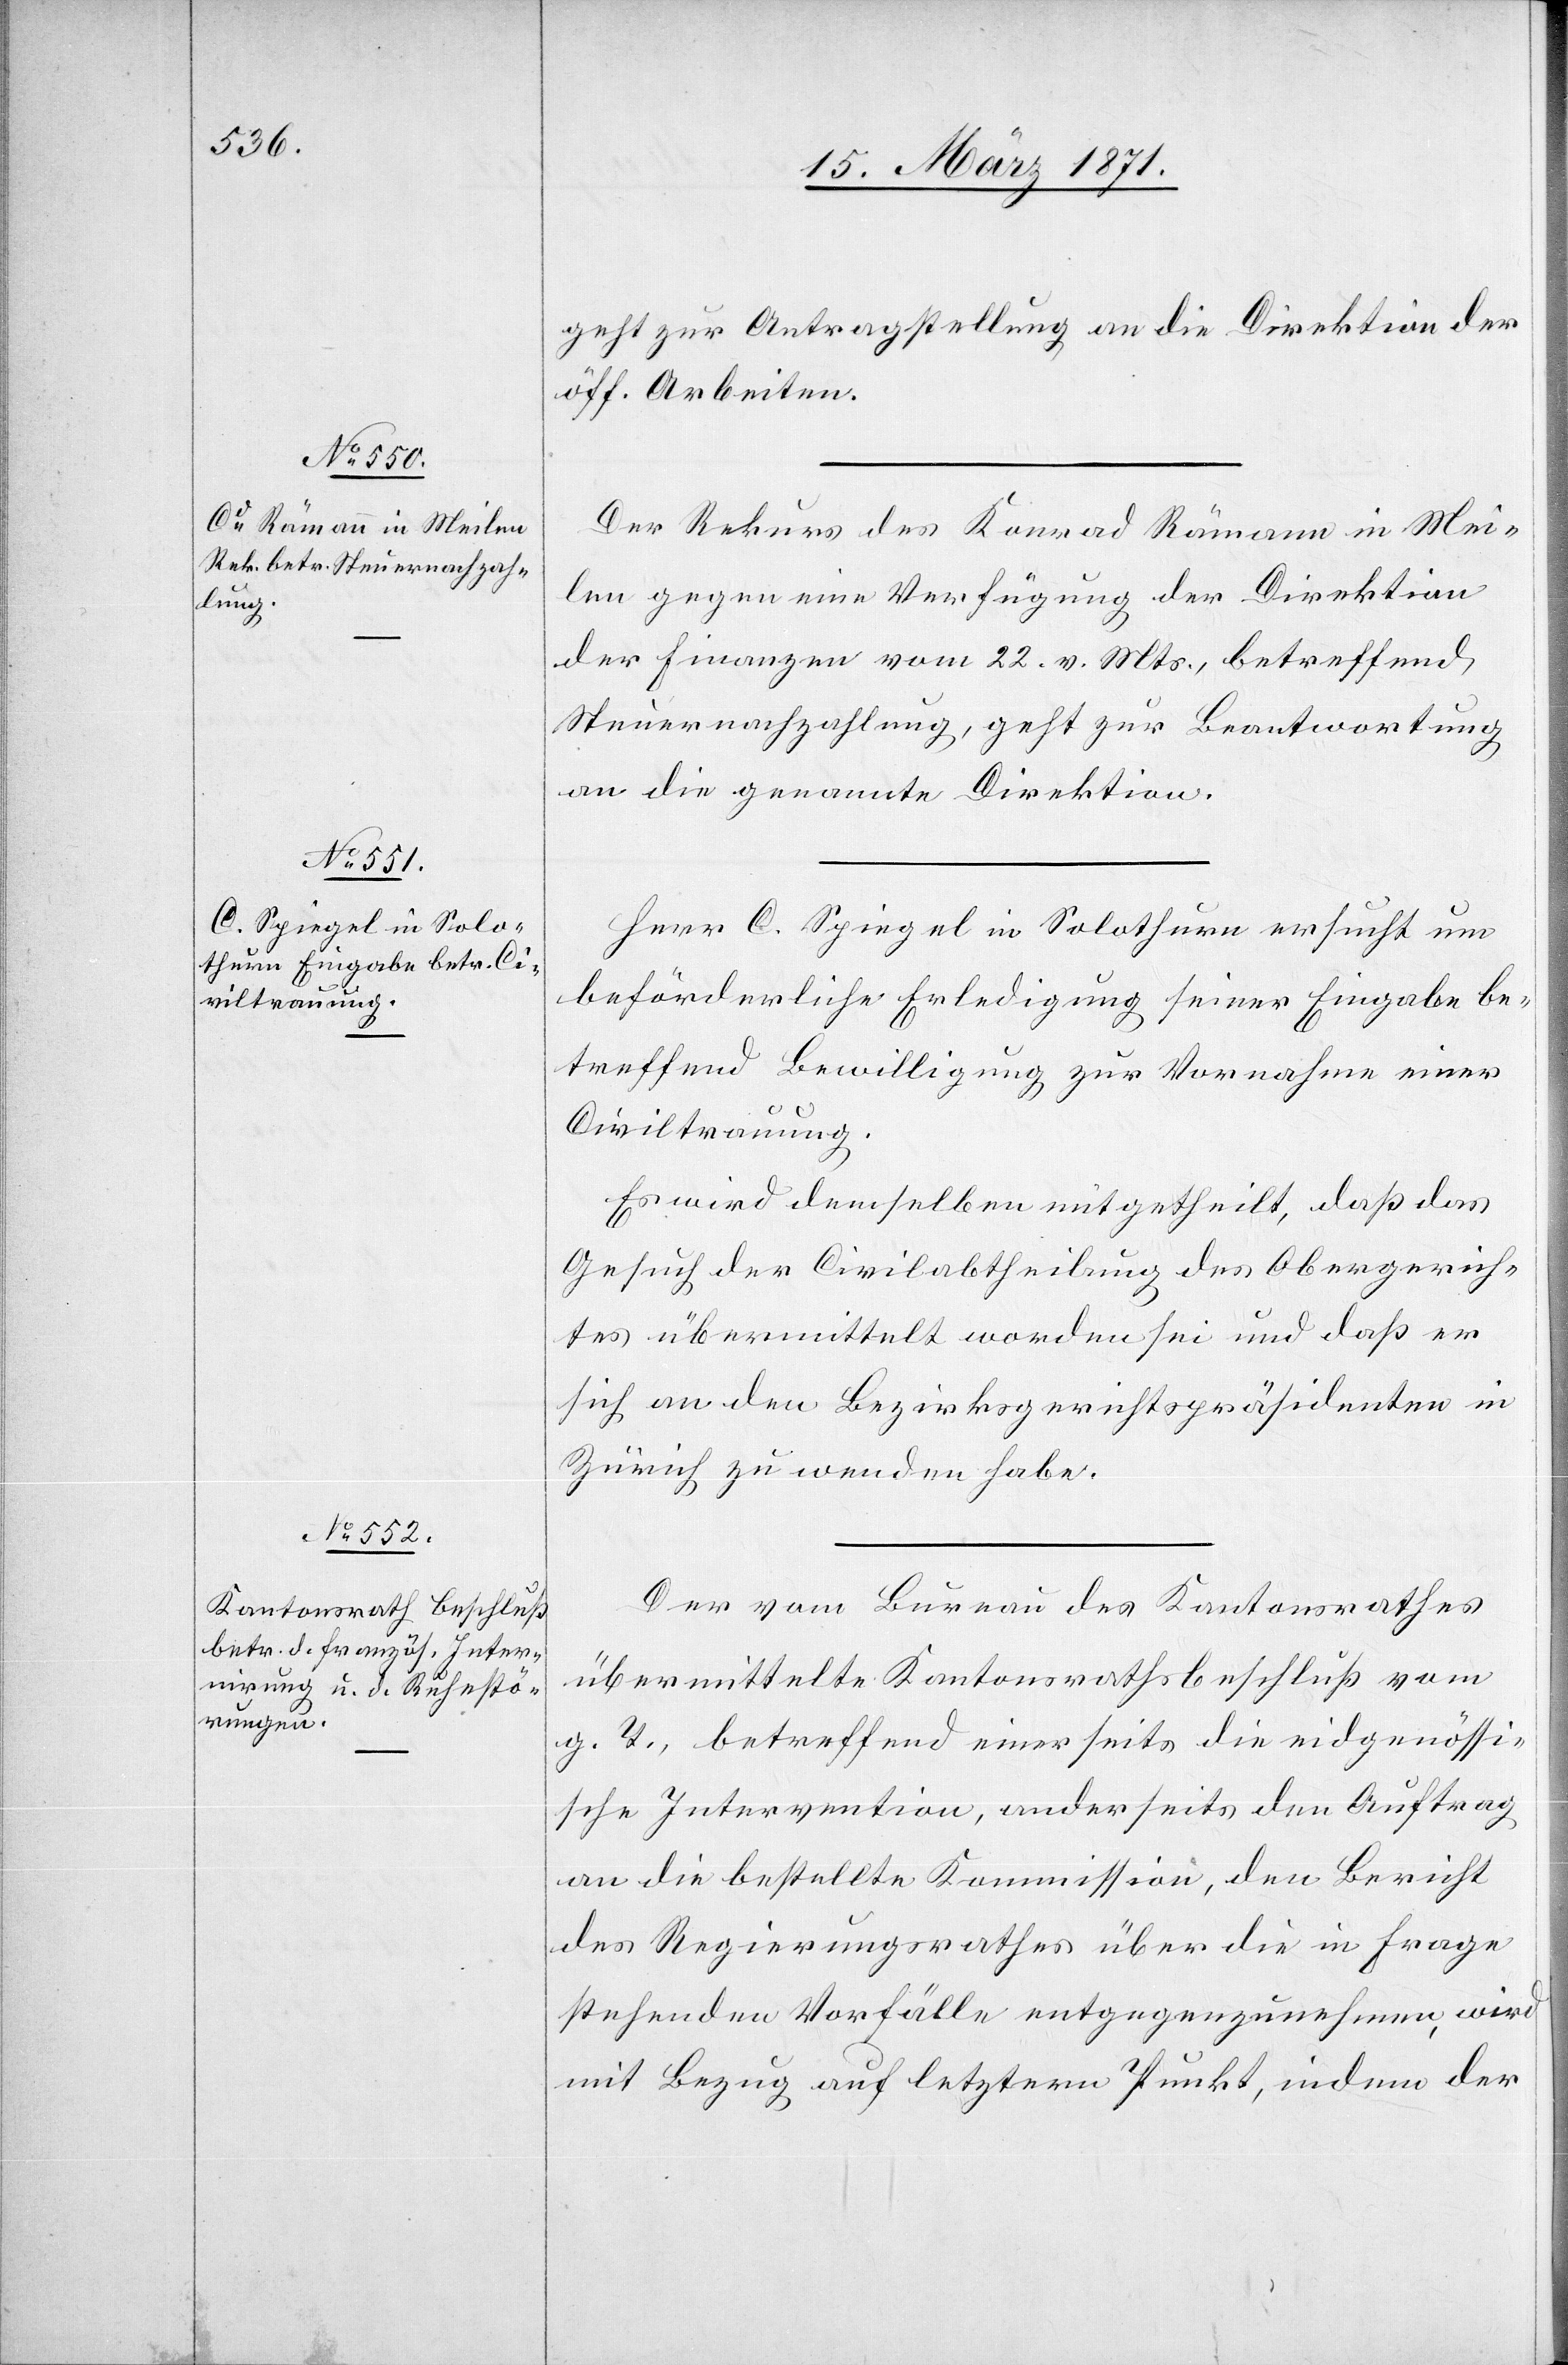
15. März 1871.]
geht zur Antragstellung an die Direktion der
öff. Arbeiten.
Der Rekurs des Konrad Rämann in Mei¬
len gegen eine Verfügung der Direktion
der Finanzen vom 22. v. Mts., betreffend
Steuernachzahlung, geht zur Beantwortung
an die genannte Direktion.
Herr C. Spiegel in Solothurn ersucht um
beförderliche Erledigung seiner Eingabe be¬
treffend Bewilligung zu Vornahme einer
Civiltrauung.
Es wird demselben mitgetheilt, daß das
Gesuch der Civilabtheilung des Obergerich¬
tes übermittelt worden sei und daß er
sich an den Bezirksgerichtspräsidenten in
Zürich zu wenden habe.
Der vom Bureau des Kantonsrathes
übermittelte Kantonsrathsbeschluß vom
g. T., betreffend einerseits die eidgenössi¬
sche Intervention, anderseits den Auftrag
an die bestellte Kommission, den Bericht
des Regierungsrathes über die in Frage
stehenden Vorfälle entgegenzunehmen wird
mit Bezug auf letztern Punkt, indem der